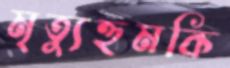
মৃত্যুহুমকি